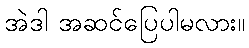
အဲဒါ အဆင်ပြေပါမလား။